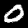
Label: 0